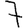
Digit: 7